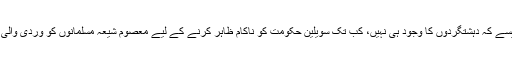
دہشتگردوں کو ایسے نظر انداز کریں گی جیسے کہ دہشتگردوں کا وجود ہی نہیں، کب تک سویلین حکومت کو ناکام ظاہر کرنے کے لیے معصوم شیعہ مسلمانوں کو وردی والی اسٹیبلیشمنٹ قربانی کا بکرہ بناتی رہے گی؟